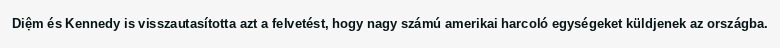
Diệm és Kennedy is visszautasította azt a felvetést, hogy nagy számú amerikai harcoló egységeket küldjenek az országba.